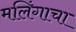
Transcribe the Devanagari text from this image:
मलिंगाचा